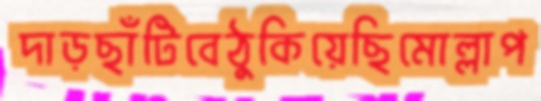
দাড়ছাঁটিবেঠুকিয়েছিমোল্লাপ